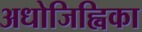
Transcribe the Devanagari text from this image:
अधोजिह्विका